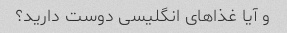
و آیا غذاهای انگلیسی دوست دارید؟